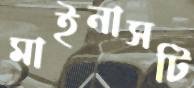
মাইনাসটি